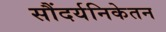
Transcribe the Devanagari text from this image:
सौंदर्यनिकेतन